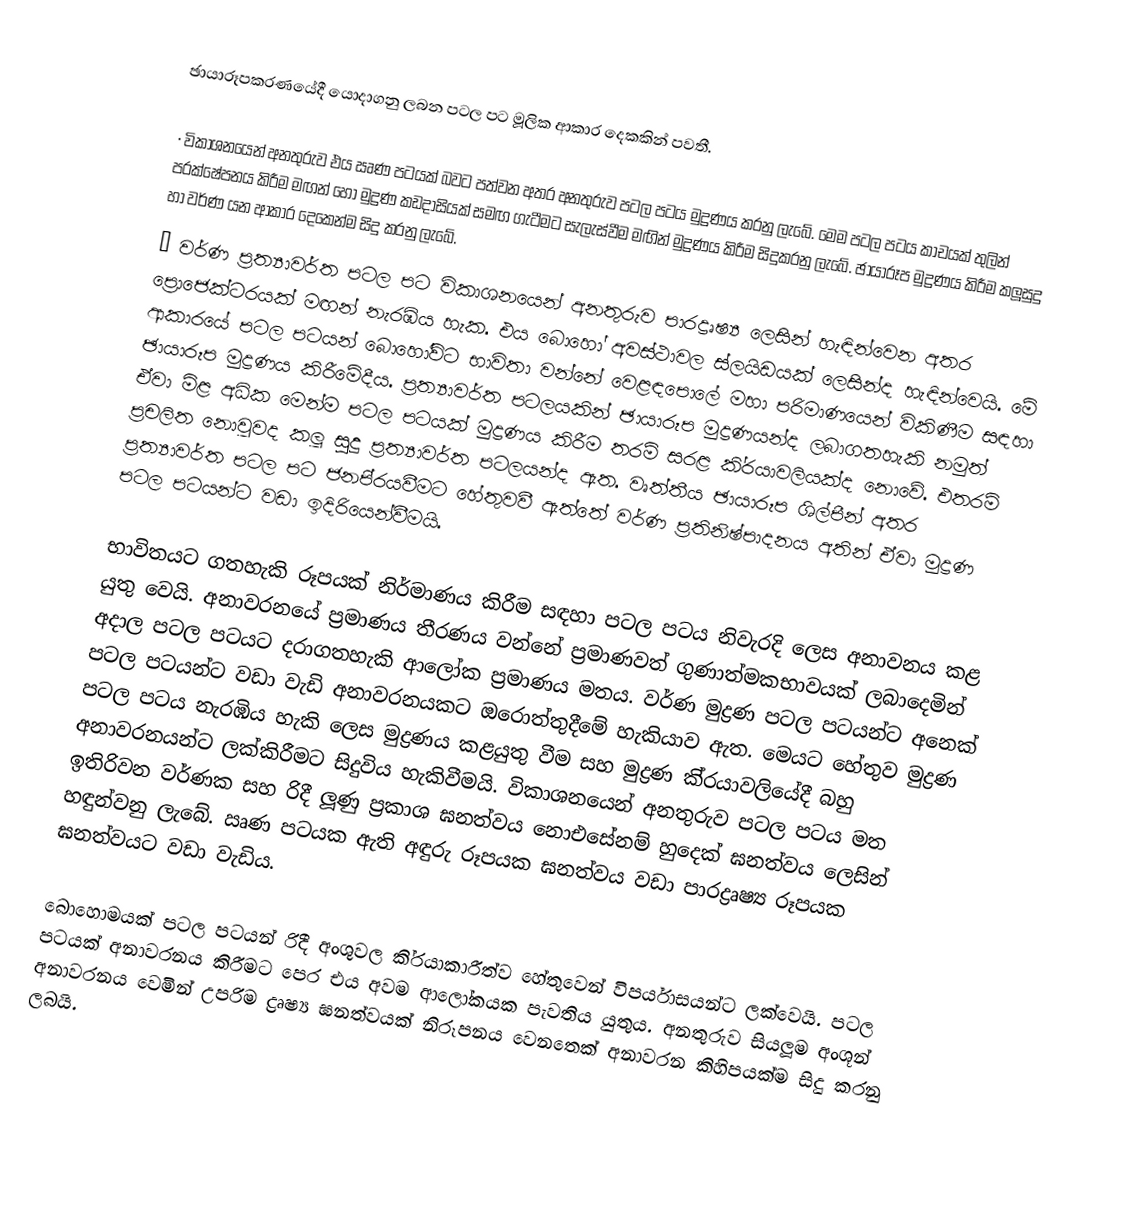
ඡායාරූපකරණයේදී යොදාගනු ලබන පටල පට මූලික ආකාර දෙකකින් පවතී.

·	විකාශනයෙන් අනතුරුව එය ඍණ පටයක් බවට පත්වන අතර අනතුරුව පටල පටය මුද්‍රණය කරනු ලැබේ. මෙම පටල පටය කාචයක් තුලින් ප‍්‍රක්ෂේපනය කිරීම මඟන් හෝ මුද්‍රණ කඩදාසියක් සමඟ ගැටීමට සැලැස්වීම මඟින් මුද්‍රණය කිරීම සිදුකරනු ලැබේ. ඡායාරූප මුද්‍රණය කිරීම කලූසුදු හා වර්ණ යන ආකාර දෙකෙන්ම සිදු කරනු ලැබේ.
·	වර්ණ ප‍්‍රත්‍යාවර්ත පටල පට විකාශනයෙන් අනතුරුව පාරද්‍රෘෂ්‍ය ලෙසින් හැඳින්වෙන අතර ප්‍රොජෙක්ටරයක් මඟන් නැරඹිය හැක. එය බොහෝ අවස්ථාවල ස්ලයිඩයක් ලෙසින්ද හැඳින්වෙයි. මේ ආකාරයේ පටල පටයන් බොහෝවිට භාවිතා වන්නේ වෙළඳපොලේ මහා පරිමාණයෙන් විකිණීම සඳහා ඡායාරූප මුද්‍රණය කිරීමේදීය. ප‍්‍රත්‍යාවර්ත පටලයකින් ඡායාරූප මුද්‍රණයන්ද ලබාගතහැකි නමුත් ඒවා මිළ අධික මෙන්ම පටල පටයක් මුද්‍රණය කිරීම තරම් සරළ කි‍්‍රයාවලියක්ද නොවේ. එතරම් ප‍්‍රචලිත නොවූවද කලූ සුදු ප‍්‍රත්‍යාවර්ත පටලයන්ද ඇත. වෘත්තීය ඡායාරූප ශිල්පීන් අතර ප‍්‍රත්‍යාවර්ත පටල පට ජනපි‍්‍රයවීමට හේතුවවී ඇත්තේ වර්ණ ප‍්‍රතිනිෂ්පාදනය අතින් ඒවා මුද්‍රණ පටල පටයන්ට වඩා ඉදිරියෙන්වීමයි.

භාවිතයට ගතහැකි රූපයක් නිර්මාණය කිරීම සඳහා පටල පටය නිවැරදි ලෙස අනාවනය කළ යුතු වෙයි. අනාවරනයේ ප‍්‍රමාණය තීරණය වන්නේ ප‍්‍රමාණවත් ගුණාත්මකභාවයක් ලබාදෙමින් අදාල පටල පටයට දරාගතහැකි ආලෝක ප‍්‍රමාණය මතය. වර්ණ මුද්‍රණ පටල පටයන්ට අනෙක් පටල පටයන්ට වඩා වැඩි අනාවරනයකට ඔරොත්තුදීමේ හැකියාව ඇත. මෙයට හේතුව මුද්‍රණ පටල පටය නැරඹිය හැකි ලෙස මුද්‍රණය කළයුතු වීම සහ මුද්‍රණ කි‍්‍රයාවලියේදී බහු අනාවරනයන්ට ලක්කිරීමට සිදුවිය හැකිවීමයි. විකාශනයෙන් අනතුරුව පටල පටය මත ඉතිරිවන වර්ණක සහ රිදී ලූණු ප‍්‍රකාශ ඝනත්වය නොඑසේනම් හුදෙක් ඝනත්වය ලෙසින් හඳුන්වනු ලැබේ. ඍණ පටයක ඇති අඳුරු රූපයක ඝනත්වය වඩා පාරද්‍රෘෂ්‍ය රූපයක ඝනත්වයට වඩා වැඩිය.

බොහොමයක් පටල පටයන් රිදී අංශුවල කි‍්‍රයාකාරීත්ව හේතුවෙන් විපර්යාසයන්ට ලක්වෙයි. පටල පටයක් අනාවරනය කිරීමට පෙර එය අවම ආලෝකයක පැවතිය යුතුය. අනතුරුව සියලූම අංශූන් අනාවරනය වෙමින් උපරිම ද්‍රෘෂ්‍ය ඝනත්වයක් නිරූපනය වෙනතෙක් අනාවරන කිහිපයක්ම සිදු කරනු ලබයි.